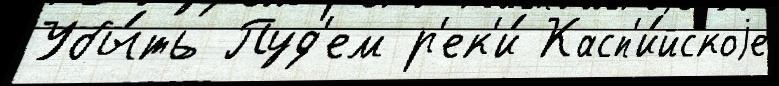
Убы́ть Пуд'ем р'ек'и́ Касп'и́йскоjе